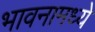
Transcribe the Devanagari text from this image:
भावनामध्ये